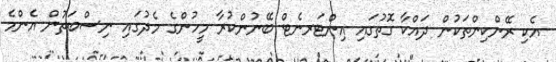
އެކި ރޭންކިންތަކުން ދައްކާ ގޮތުގައި އިންޓަރނެޓް ބޭނުންކުރާ މީހުންގެ މެދުގައި ނިސްބަތުން އެންމެ